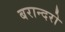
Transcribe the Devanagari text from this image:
बरान्दरो